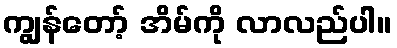
ကျွန်တော့် အိမ်ကို လာလည်ပါ။